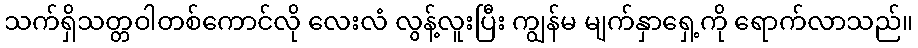
သက်ရှိသတ္တဝါတစ်ကောင်လို လေးလံ လွန့်လူးပြီး ကျွန်မ မျက်နှာရှေ့ကို ရောက်လာသည်။